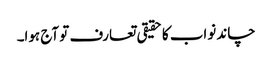
چاند نواب کا حقیقی تعارف تو آج ہوا۔